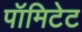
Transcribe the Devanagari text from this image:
पॉमिटेट